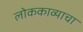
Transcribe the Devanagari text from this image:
लोककाव्याचा